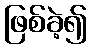
ဖြစ်ခဲ့၍